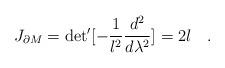
LaTeX: \begin{align*}J_{\partial M} = {\rm det}^{\prime}[-{{1}\over{l^2}} {{d^2}\over{d \lambda^2}}] = 2l \quad .\end{align*}